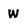
Character: w